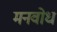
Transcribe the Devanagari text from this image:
मनवोध